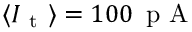
\langle I _ { \mathrm { ~ t ~ } } \rangle = 1 0 0 \, \mathrm { ~ p ~ A ~ }